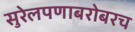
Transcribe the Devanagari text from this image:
सुरेलपणाबरोबरच